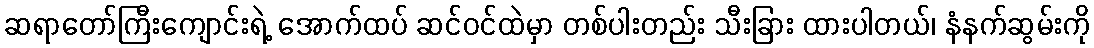
ဆရာတော်ကြီးကျောင်းရဲ့ အောက်ထပ် ဆင်ဝင်ထဲမှာ တစ်ပါးတည်း သီးခြား ထားပါတယ်၊ နံနက်ဆွမ်းကို